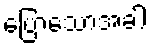
ပြောသောအခါ